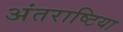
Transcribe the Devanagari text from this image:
अंतराष्टिया